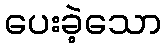
ပေးခဲ့သော